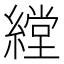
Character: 𱺃